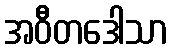
အဝီတဒေါသာ